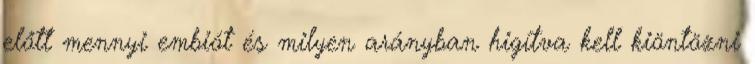
előtt mennyi embiót és milyen arányban higítva kell kiöntözni